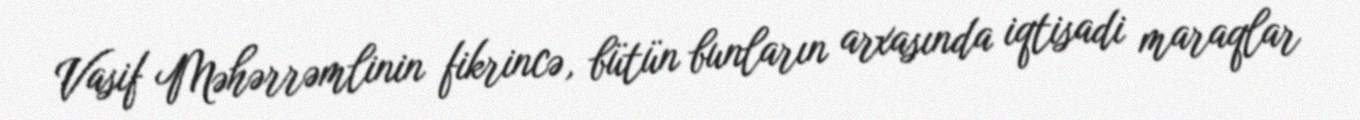
Vasif Məhərrəmlinin fikrincə, bütün bunların arxasında iqtisadi maraqlar